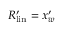
R _ { \mathrm { { l i n } } } ^ { \prime } = x _ { w } ^ { \prime }